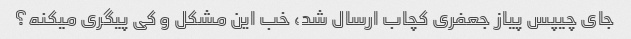
جای چیپس پیاز جعفری کچاب ارسال شد، خب این مشکل و کی پیگری میکنه؟